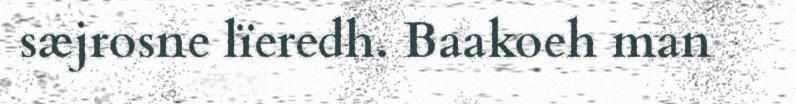
sæjrosne lïeredh. Baakoeh man